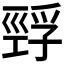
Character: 𰏅